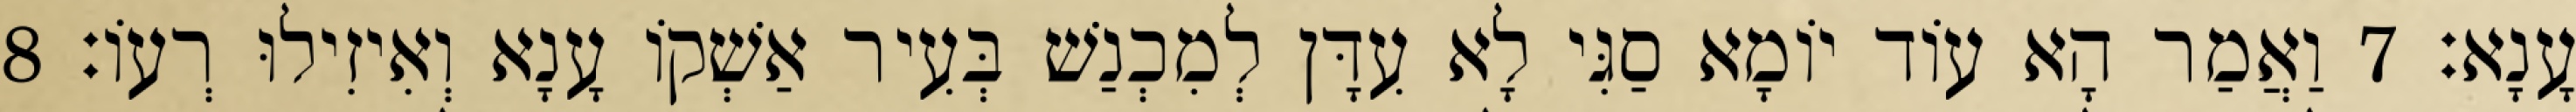
עָנָא׃ 7 וַאֲמַר הָא עוֹד יוֹמָא סַגִּי לָא עִדָּן לְמִכְנַשׁ בְּעִיר אַשְׁקוֹ עָנָא וְאִיזִילוּ רְעוֹ׃ 8